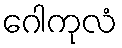
ဂေါကုလံ